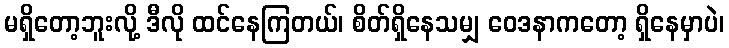
မရှိတော့ဘူးလို့ ဒီလို ထင်နေကြတယ်၊ စိတ်ရှိနေသမျှ ဝေဒနာကတော့ ရှိနေမှာပဲ၊